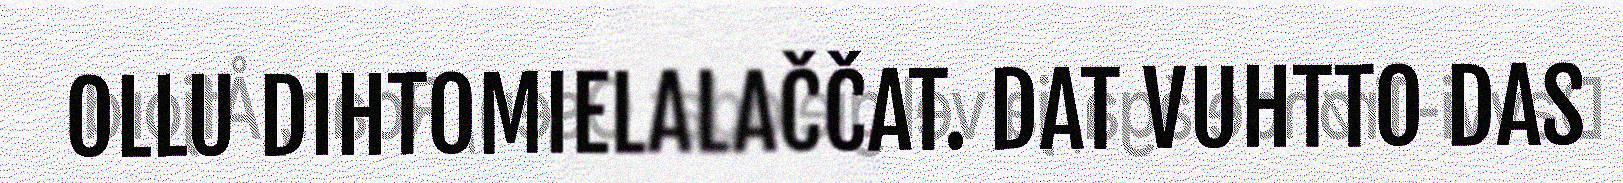
OLLU DIHTOMIELALAČČAT. DAT VUHTTO DAS